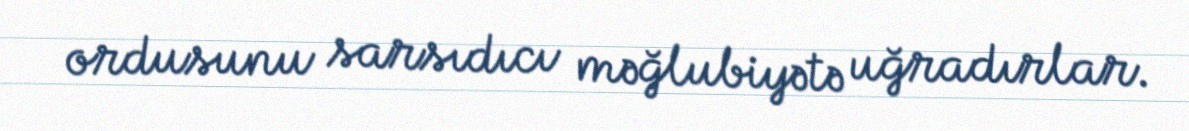
ordusunu sarsıdıcı məğlubiyətə uğradırlar.